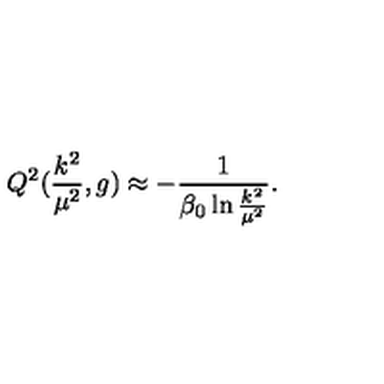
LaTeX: Q ^ { 2 } ( \frac { k ^ { 2 } } { { \mu } ^ { 2 } } , g ) \approx - \frac { 1 } { { \beta } _ { 0 } \ln { \frac { k ^ { 2 } } { { \mu } ^ { 2 } } } } .